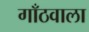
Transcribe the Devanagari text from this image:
गाँठवाला